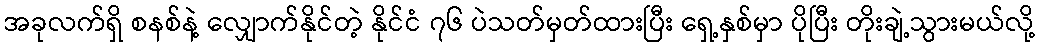
အခုလက်ရှိ စနစ်နဲ့ လျှောက်နိုင်တဲ့ နိုင်ငံ ၇၆ ပဲသတ်မှတ်ထားပြီး ရှေ့နှစ်မှာ ပိုပြီး တိုးချဲ့သွားမယ်လို့